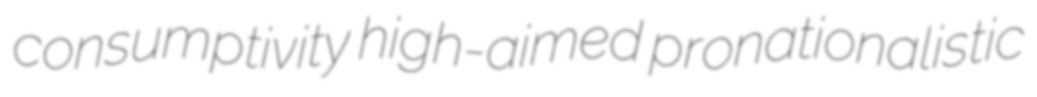
consumptivity high-aimed pronationalistic